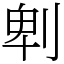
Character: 𠜱